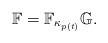
LaTeX: \begin{align*}\mathbb{F} = \mathbb{F}_{\kappa_{p(t)}} \mathbb{G}. \end{align*}